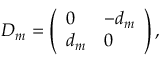
D _ { m } = \left( \begin{array} { l l } { { 0 } } & { { - d _ { m } } } \\ { { d _ { m } } } & { { 0 } } \end{array} \right) ,